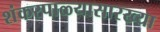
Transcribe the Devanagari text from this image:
शंकरपाळ्यासारख्या